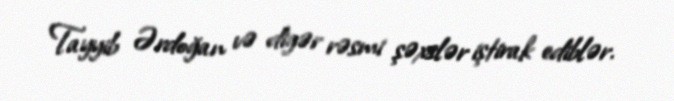
Tayyib Ərdoğan və digər rəsmi şəxslər iştirak ediblər.